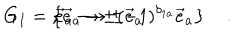
LaTeX: G _ { I } = \left\{ \vec { e } _ { a } \rightarrow \pm \vec { e } _ { a } \hspace { 0 . 3 c m } , \hspace { 0 . 3 c m } \vec { e } _ { a } \rightarrow \pm ( - 1 ) ^ { \delta _ { 1 a } } \vec { e } _ { a } \right\} \quad .